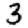
Digit: 3